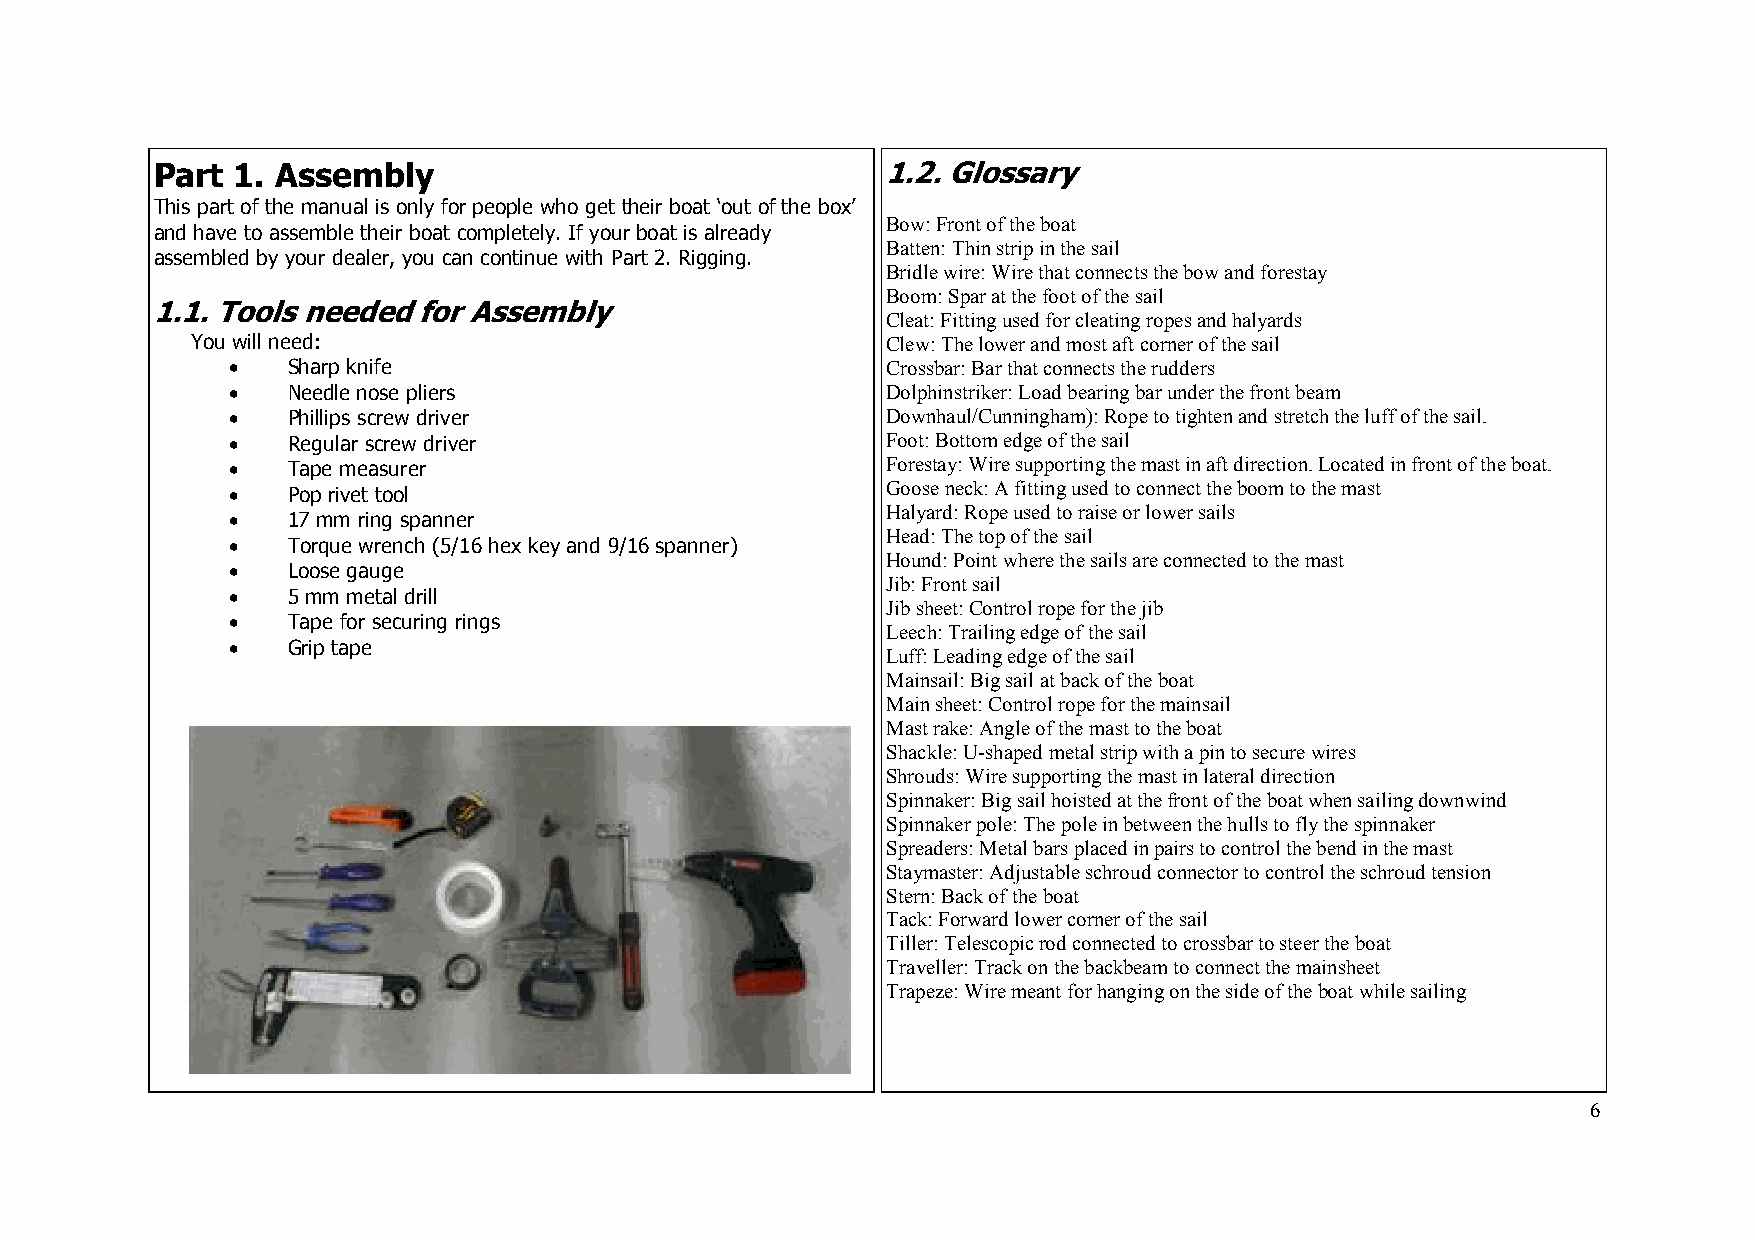
Part 1. Assembly                                 1.2. Glossary
 This part of the manual is only for people who get their boat ‘out of the box’
 Bow: Front of the boat
 and have to assemble their boat completely. If your boat is already
 Batten: Thin strip in the sail
 assembled by your dealer, you can continue with Part 2. Rigging.
 Bridle wire: Wire that connects the bow and forestay
 Boom: Spar at the foot of the sail
 1.1. Tools needed for Assembly
 Cleat: Fitting used for cleating ropes and halyards
 You will need:                                Clew: The lower and most aft corner of the sail
 •   Sharp knife                             Crossbar: Bar that connects the rudders
 •   Needle nose pliers                      Dolphinstriker: Load bearing bar under the front beam
 •   Phillips screw driver                   Downhaul/Cunningham): Rope to tighten and stretch the luff of the sail.
 •   Regular screw driver                    Foot: Bottom edge of the sail
 •   Tape measurer                           Forestay: Wire supporting the mast in aft direction. Located in front of the boat.
 •   Pop rivet tool                          Goose neck: A fitting used to connect the boom to the mast
 •   17 mm ring spanner                      Halyard: Rope used to raise or lower sails
 •   Torque wrench (5/16 hex key and 9/16 spanner) Head: The top of the sail
 Hound: Point where the sails are connected to the mast
 •   Loose gauge
 Jib: Front sail
 •   5 mm metal drill
 Jib sheet: Control rope for the jib
 •   Tape for securing rings
 Leech: Trailing edge of the sail
 •   Grip tape
 Luff: Leading edge of the sail
 Mainsail: Big sail at back of the boat
 Main sheet: Control rope for the mainsail
 Mast rake: Angle of the mast to the boat
 Shackle: U-shaped metal strip with a pin to secure wires
 Shrouds: Wire supporting the mast in lateral direction
 Spinnaker: Big sail hoisted at the front of the boat when sailing downwind
 Spinnaker pole: The pole in between the hulls to fly the spinnaker
 Spreaders: Metal bars placed in pairs to control the bend in the mast
 Staymaster: Adjustable schroud connector to control the schroud tension
 Stern: Back of the boat
 Tack: Forward lower corner of the sail
 Tiller: Telescopic rod connected to crossbar to steer the boat
 Traveller: Track on the backbeam to connect the mainsheet
 Trapeze: Wire meant for hanging on the side of the boat while sailing
 6